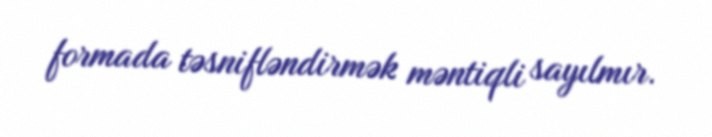
formada təsnifləndirmək məntiqli sayılmır.